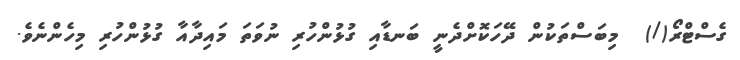
ގެސްްޓްރޯ(/)  މިބަސްތަކުން ދޭހަކޮށްދެނީ ބަނޑާއި ގުޅުންހުރި ނުވަތަ މައިދާއާ ގުޅުންހުރި މިހެންނެވެ.